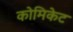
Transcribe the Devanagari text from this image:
कोमिकेट